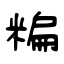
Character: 糄